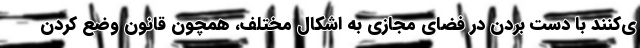
ی‌کنند با دست بردن در فضای مجازی به اشکال مختلف، همچون قانون وضع کردن